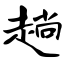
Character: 趟